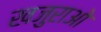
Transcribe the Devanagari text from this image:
खजुराओ